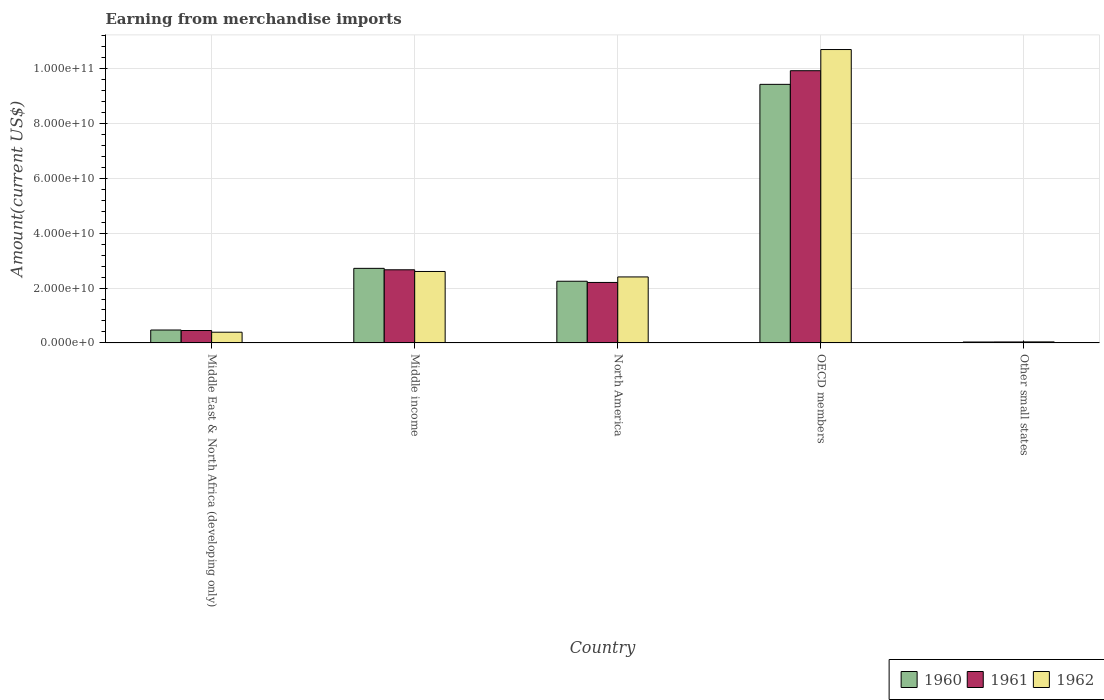
| Country | 1960 | 1961 | 1962 |
 | --- | --- | --- | --- |
 | Middle East & North Africa (developing only) | 4.71e+09 | 4.52e+09 | 3.91e+09 |
 | Middle income | 2.72e+10 | 2.66e+10 | 2.6e+10 |
 | North America | 2.25e+10 | 2.2e+10 | 2.4e+10 |
 | OECD members | 9.42e+10 | 9.92e+10 | 1.07e+11 |
 | Other small states | 3.42e+08 | 3.58e+08 | 3.8e+08 |